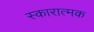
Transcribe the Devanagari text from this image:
स्कारात्मक